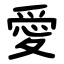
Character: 愛